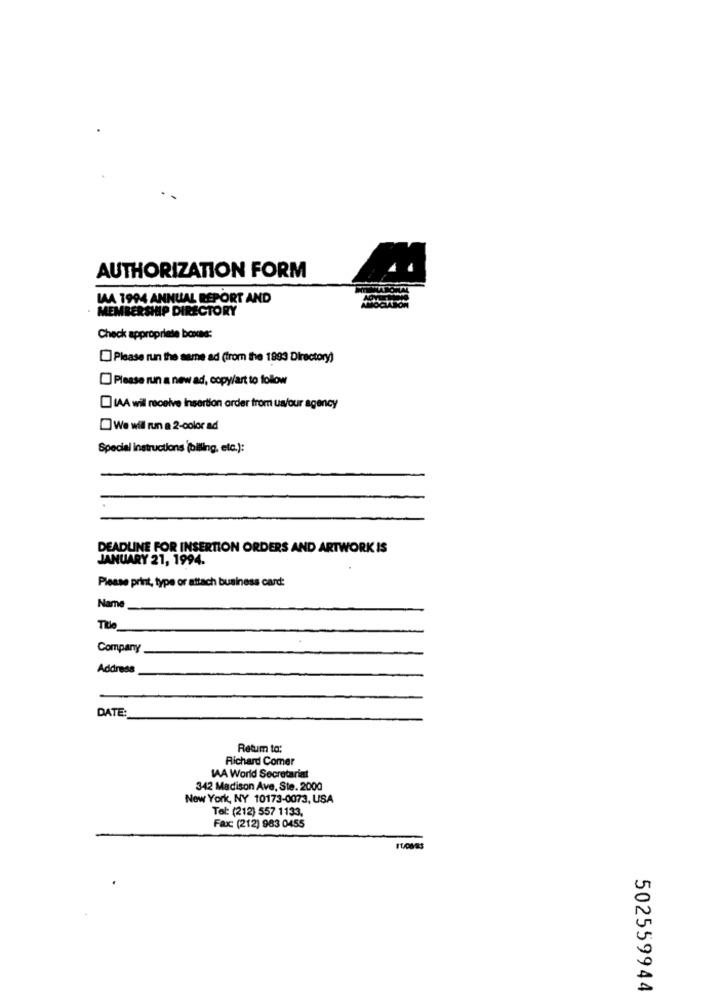
AUTHORIZATION FORM
LAA 1994 ANNUAL REPORT AND
MEMBERSHIP DIRECTORY
Check appropriate bonus:
Please run the same ad (trom the 1993 Directory)
Please run a new ad, copy/art to follow
IAA wil receive Insertion order from us/our agency
We will run a 2-color ad
Special instructions (biling, etc.):
DEADLINE FOR INSERTION ORDERS AND ARTWORK IS
JANUARY 21, 1994.
Please print, type or attach business card:
Name
Company
Address
DATE:
Retum to:
Richard Comer
IAA World Secretariat
342 Madison Ave, Ste. 2000
New York, NY 10173-0073, USA
Tel: (212) 557 1133,
Fax: (212) 983 0455
502559944